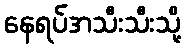
နေရပ်အသီးသီးသို့